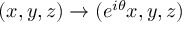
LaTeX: ( x , y , z ) \to ( e ^ { i \theta } x , y , z )